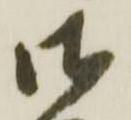
御